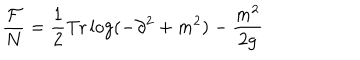
\frac { { \cal F } } { N } = \frac { 1 } { 2 } \mathrm { T r } \log ( - \partial ^ { 2 } + m ^ { 2 } ) - \frac { m ^ { 2 } } { 2 g }